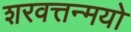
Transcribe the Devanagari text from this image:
शरवत्तन्मयो